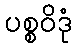
ပစ္စဝိဒုံ